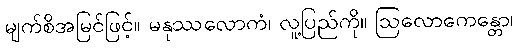
မျက်စိအမြင်ဖြင့်။ မနုဿလောကံ၊ လူ့ပြည်ကို။ ဩလောကေန္တော၊